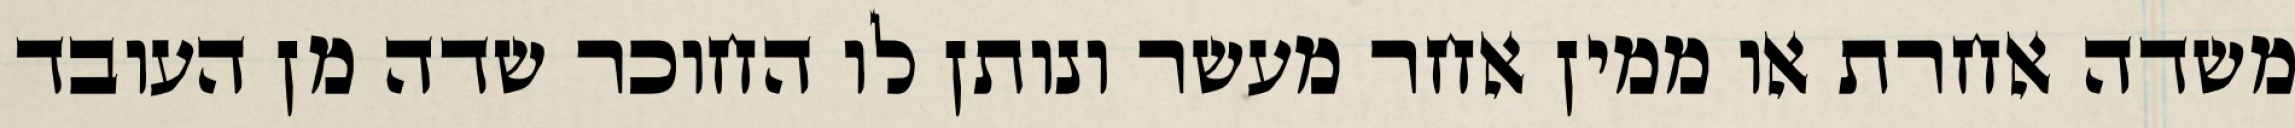
משדה אחרת או ממין אחר מעשר ונותן לו החוכר שדה מן העובד